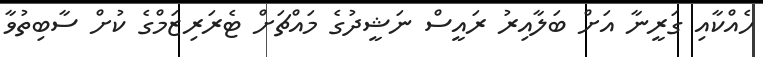
ހެއްކާއި ގަރީނާ އަށް ބަލާއިރު ރައީސް ނަޝީދުގެ މައްޗަށް ޓެރަރިޒަމްގެ ކުށް ސާބިތުވާ